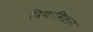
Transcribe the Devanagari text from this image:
प्रियामिलन